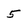
Character: 5